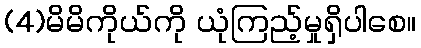
(4)မိမိကိုယ်ကို ယုံကြည့်မှုရှိပါစေ။